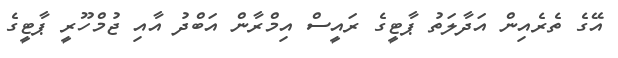
އޭގެ ތެރެއިން އަދާލަތު ޕާޓީގެ ރައީސް އިމްރާން އަބްދު އާއި ޖުމްހޫރީ ޕާޓީގެ